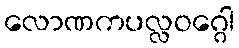
လောဏကပလ္လဝဂ္ဂေါ